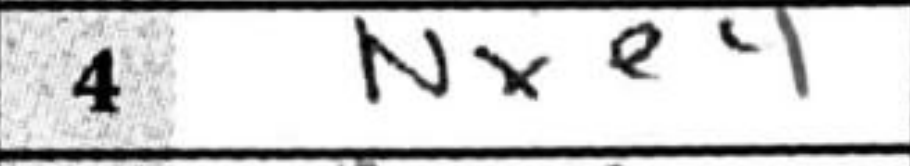
Transcription: Nxe4